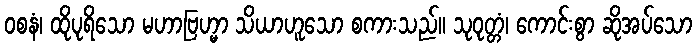
ဝစနံ၊ ထိုပုရိသော မဟာဗြဟ္မာ သိယာဟူသော စကားသည်။ သုဝုတ္တံ၊ ကောင်းစွာ ဆိုအပ်သော